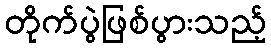
တိုက်ပွဲဖြစ်ပွားသည့်